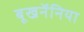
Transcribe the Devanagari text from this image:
बूखनॅनिया